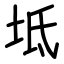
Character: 坻